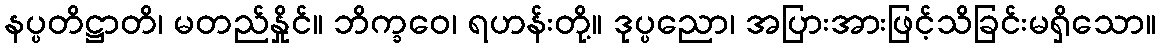
နပ္ပတိဋ္ဌာတိ၊ မတည်နှိုင်။ ဘိက္ခဝေ၊ ရဟန်းတို့။ ဒုပ္ပညော၊ အပြားအားဖြင့်သိခြင်းမရှိသော။